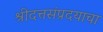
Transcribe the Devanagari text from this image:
श्रीदत्तसंप्रदयाचा